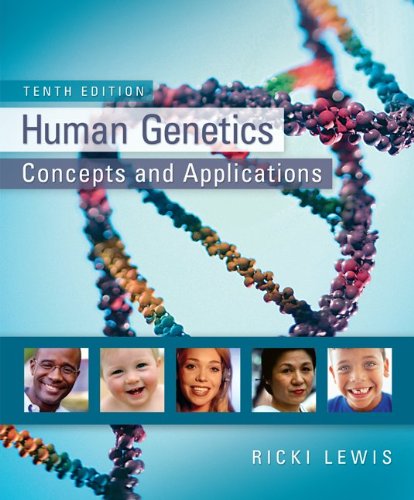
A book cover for Human Genetics; Ricki Lewis; Science & Math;